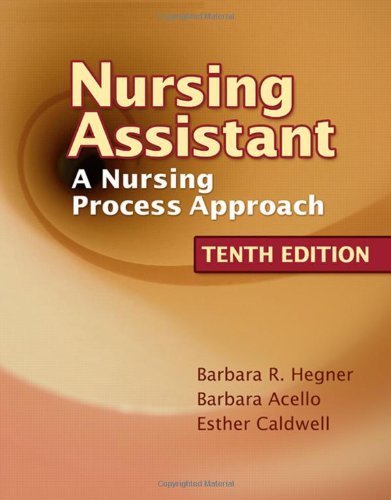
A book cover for Nursing Assistant: A Nursing Process Approach by Hegner, Barbara Published by Cengage Learning 10th (tenth) edition (2007) Paperback; Medical Books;